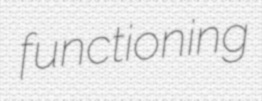
functioning